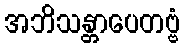
အဘိသန္တာပေတဗ္ဗံ